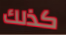
كذلك